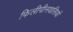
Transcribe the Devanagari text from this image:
फिलीपीनवासियों